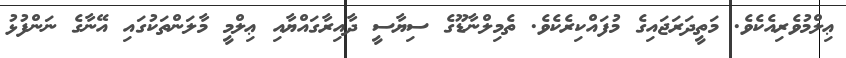
ޢިލްމުވެރިއެކެވެ. މަތީދަރަޖައިގެ މުފައްކިރެކެވެ. ތެމިލްނާޑޫގެ ސިޔާސީ ދާއިރާގައްޔާއި ޢިލްމީ މާލަންތަކުގައި އޭނާގެ ނަންފުޅު